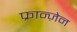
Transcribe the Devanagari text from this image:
फ्रान्ज़ेन